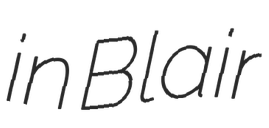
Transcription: in Blair